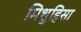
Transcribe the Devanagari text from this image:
मिशुहिसा